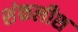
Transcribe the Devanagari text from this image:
शंकलीश